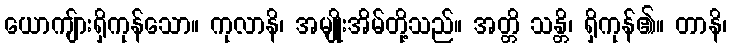
ယောကျ်ားရှိကုန်သော။ ကုလာနိ၊ အမျိုးအိမ်တို့သည်။ အတ္တိ သန္တိ၊ ရှိကုန်၏။ တာနိ၊